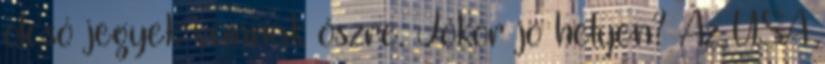
olcsó jegyek vannak őszre. Jókor jó helyen? Az USA